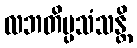
လဘတိပ္ပသံသန္တိ